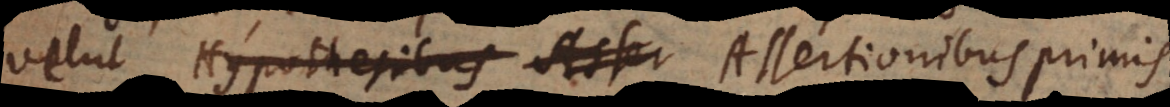
velut Hypothesibus Asser Assertionibus primis